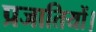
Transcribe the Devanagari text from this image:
प्रजातियों।